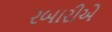
રબારીએ